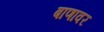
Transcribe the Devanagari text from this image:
बाणावर